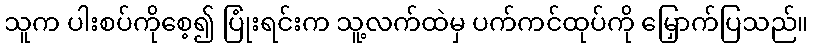
သူက ပါးစပ်ကိုစေ့၍ ပြုံးရင်းက သူ့လက်ထဲမှ ပက်ကင်ထုပ်ကို မြှောက်ပြသည်။